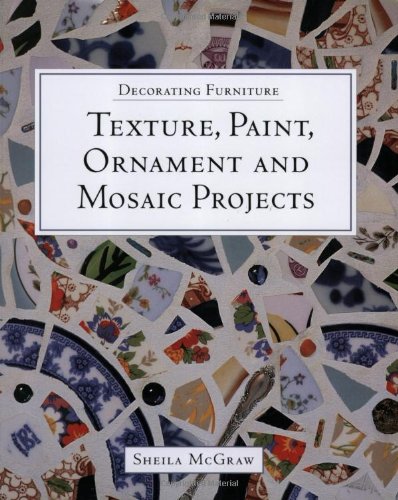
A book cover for Decorating Furniture: Texture, Paint, Ornament and Mosaic Projects; Sheila McGraw; Crafts, Hobbies & Home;